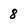
Character: 8